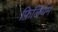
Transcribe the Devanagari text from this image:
फ़िलियम